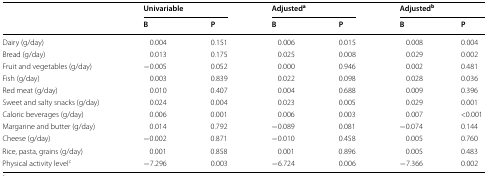
| <ROWSPAN=2>  | <COLSPAN=2> Univariable | <COLSPAN=2> Adjusteda | <COLSPAN=2> Adjustedb |
 | B | P | B | P | B | P |
 | --- | --- | --- | --- | --- | --- | --- |
 | Dairy (g/day) | 0.004 | 0.151 | 0.006 | 0.015 | 0.008 | 0.004 |
 | Bread (g/day) | 0.013 | 0.175 | 0.025 | 0.008 | 0.029 | 0.002 |
 | Fruit and vegetables (g/day) | −0.005 | 0.052 | 0.000 | 0.946 | 0.002 | 0.481 |
 | Fish (g/day) | 0.003 | 0.839 | 0.022 | 0.098 | 0.028 | 0.036 |
 | Red meat (g/day) | 0.010 | 0.407 | 0.004 | 0.688 | 0.009 | 0.396 |
 | Sweet and salty snacks (g/day) | 0.024 | 0.004 | 0.023 | 0.005 | 0.029 | 0.001 |
 | Caloric beverages (g/day) | 0.006 | 0.001 | 0.006 | 0.003 | 0.007 | <0.001 |
 | Margarine and butter (g/day) | 0.014 | 0.792 | −0.089 | 0.081 | −0.074 | 0.144 |
 | Cheese (g/day) | −0.002 | 0.871 | −0.010 | 0.458 | 0.005 | 0.760 |
 | Rice, pasta, grains (g/day) | 0.001 | 0.858 | 0.001 | 0.896 | 0.005 | 0.483 |
 | Physical activity levelc | −7.296 | 0.003 | −6.724 | 0.006 | −7.366 | 0.002 |